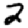
Digit: 2